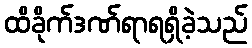
ထိခိုက်ဒဏ်ရာရရှိခဲ့သည်